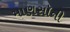
માણસૉની